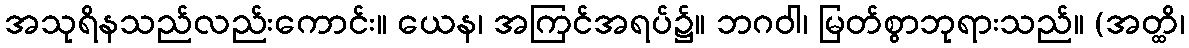
အသုရိနသည်လည်းကောင်း။ ယေန၊ အကြင်အရပ်၌။ ဘဂဝါ၊ မြတ်စွာဘုရားသည်။ (အတ္ထိ၊